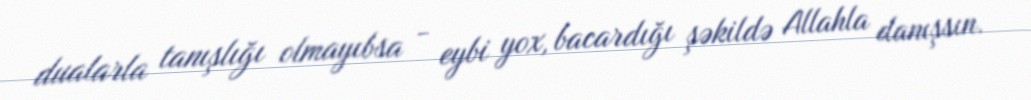
dualarla tanışlığı olmayıbsa - eybi yox, bacardığı şəkildə Allahla danışsın.